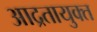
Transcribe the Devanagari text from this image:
आद्रतायुक्त